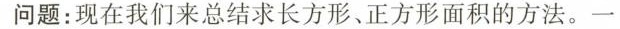
问题：现在我们来总结求长方形、正方形面积的方法。一